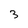
Character: 3